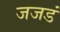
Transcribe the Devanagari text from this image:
जजडं